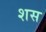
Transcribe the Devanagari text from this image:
शस